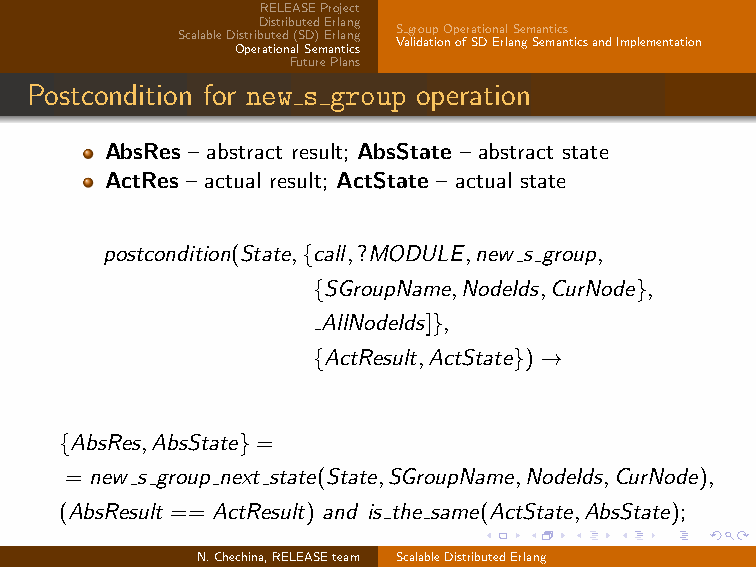
RELEASEProject
 DistributedErlang
 SgroupOperationalSemantics
 ScalableDistributed(SD)Erlang
 ValidationofSDErlangSemanticsandImplementation
 OperationalSemantics
 FuturePlans
 Postcondition for new s group operation
 AbsRes – abstract result; AbsState – abstract state
 ActRes – actual result; ActState – actual state
 postcondition(State,{call,?MODULE,new s group,
 {SGroupName,NodeIds,CurNode},
 AllNodeIds]},
 {ActResult,ActState}) →
 {AbsRes,AbsState} =
 = new s group next state(State,SGroupName,NodeIds,CurNode),
 (AbsResult == ActResult) and is the same(ActState,AbsState);
 N.Chechina,RELEASEteam ScalableDistributedErlang